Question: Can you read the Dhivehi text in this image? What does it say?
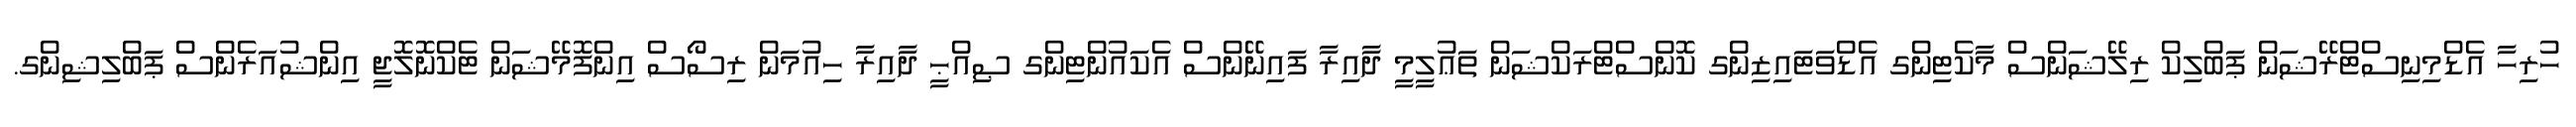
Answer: ހުރިހާ އެޑްމިނިސްޓްރޭޝަން ޕަބްލިކް ރިލޭޝަންސް މާކެޓިންގ އެޑްވަޓައިޒިންގ ކޮންސްޓްރަކްޝަން ތަޢުލީމީ ދާއިރާ ފައިނޭންސް އެކައުންޓިންގ ޞިއްޙީ ދާއިރާ ހިއުމަން ރިސޯސް އިންފޮމޭޝަން ޓެކްނޮލޮޖީ އިންޝުއަރެންސް ޕަބްލިޝިންގ.